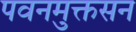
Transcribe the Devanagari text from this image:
पवनमुक्तसन